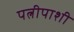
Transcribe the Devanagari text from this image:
पत्नीपाशी